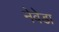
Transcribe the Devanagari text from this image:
नेवेडा